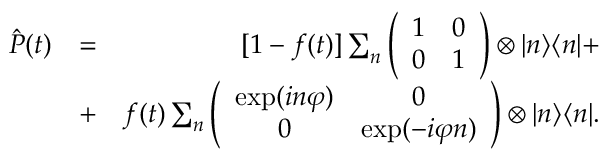
\begin{array} { r l r } { \hat { P } ( t ) } & { = } & { [ 1 - f ( t ) ] \sum _ { n } \left( \begin{array} { c c } { 1 } & { 0 } \\ { 0 } & { 1 } \end{array} \right) \otimes | n \rangle \langle n | + } \\ & { + } & { f ( t ) \sum _ { n } \left( \begin{array} { c c } { \exp ( i n \varphi ) } & { 0 } \\ { 0 } & { \exp ( - i \varphi n ) } \end{array} \right) \otimes | n \rangle \langle n | . } \end{array}